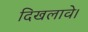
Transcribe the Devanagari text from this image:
दिखलावे।